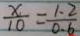
\frac { x } { 1 0 } = \frac { 1 . 2 } { 0 . 6 }